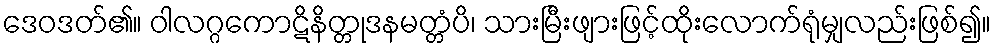
ဒေဝဒတ်၏။ ဝါလဂ္ဂကောဋိနိတ္တုဒနမတ္တံပိ၊ သားမြီးဖျားဖြင့်ထိုးလောက်ရုံမျှလည်းဖြစ်၍။